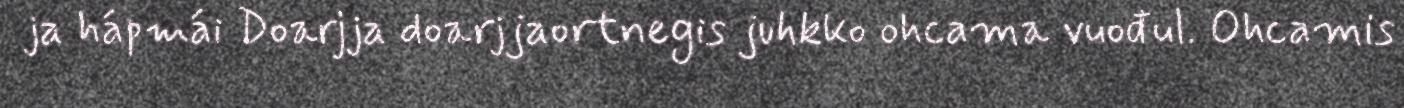
ja hápmái Doarjja doarjjaortnegis juhkko ohcama vuođul. Ohcamis